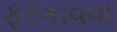
ફરકાવવા